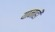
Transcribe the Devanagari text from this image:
यानाही